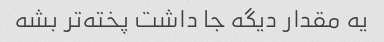
یه مقدار دیگه جا داشت پخته‌تر بشه